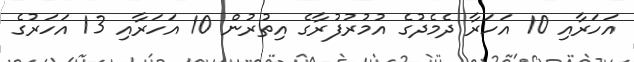
އަަހަރާއި 10 އަހަރާ ދެމެދުގެ އުމުރުފުރާގެ އިތުރުން 10 އަހަރާއި 13 އަހަރުގެ